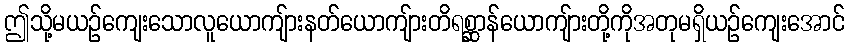
ဤသို့မယဉ်ကျေးသောလူယောကျ်ားနတ်ယောကျ်ားတိရစ္ဆာန်ယောကျ်ားတို့ကိုအတုမရှိယဉ်ကျေးအောင်